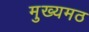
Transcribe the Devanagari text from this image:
मुख्यमठ